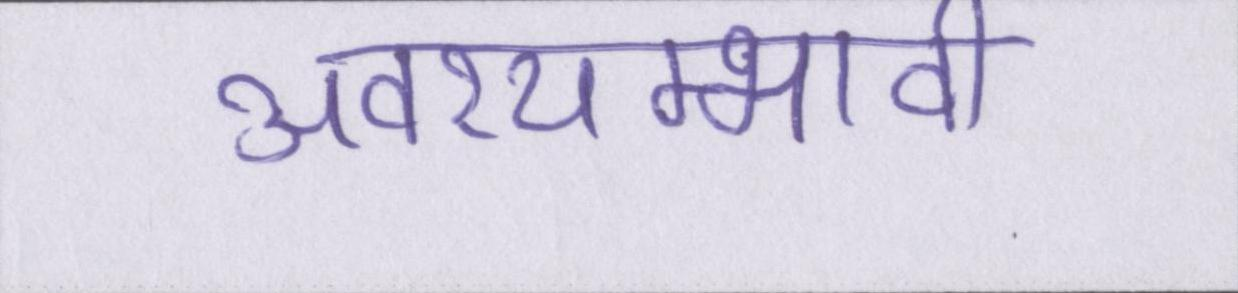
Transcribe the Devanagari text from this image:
अवश्यम्भावी